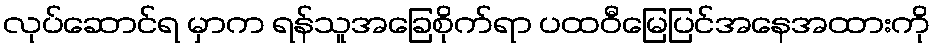
လုပ်ဆောင်ရ မှာက ရန်သူအခြေစိုက်ရာ ပထဝီမြေပြင်အနေအထားကို